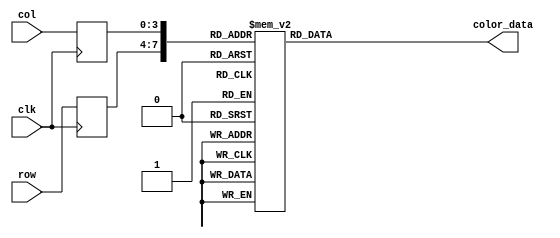
module heart_off_rom
	(
		input wire clk,
		input wire [3:0] row,
		input wire [3:0] col,
		output reg [29:0] color_data
	);

	(* romstyle = "M4K" *)

	//signal declaration
	reg [3:0] row_reg;
	reg [3:0] col_reg;

	always @(posedge clk)
		begin
		row_reg <= row;
		col_reg <= col;
		end

	always @*
	case ({row_reg, col_reg})
		8'b00000000: color_data = 30'b111111111111111111111111111111;
		8'b00000001: color_data = 30'b000000000000000000000000000000;
		8'b00000010: color_data = 30'b011111111101111111110111111111;
		8'b00000011: color_data = 30'b011111111101111111110111111111;
		8'b00000100: color_data = 30'b011111111101111111110111111111;
		8'b00000101: color_data = 30'b011111111101111111110111111111;
		8'b00000110: color_data = 30'b011111111101111111110111111111;
		8'b00000111: color_data = 30'b011111111101111111110111111111;
		8'b00001000: color_data = 30'b011111111101111111110111111111;
		8'b00001001: color_data = 30'b011111111101111111110111111111;
		8'b00001010: color_data = 30'b011111111101111111110111111111;
		8'b00001011: color_data = 30'b011111111101111111110111111111;
		8'b00001100: color_data = 30'b011111111101111111110111111111;
		8'b00001101: color_data = 30'b011111111101111111110111111111;
		8'b00001110: color_data = 30'b000000000000000000000000000000;
		8'b00001111: color_data = 30'b111111111111111111111111111111;

		8'b00010000: color_data = 30'b111111111111111111111111111111;
		8'b00010001: color_data = 30'b111111111111111111111111111111;
		8'b00010010: color_data = 30'b000000000000000000000000000000;
		8'b00010011: color_data = 30'b011111111101111111110111111111;
		8'b00010100: color_data = 30'b011111111101111111110111111111;
		8'b00010101: color_data = 30'b011111111101111111110111111111;
		8'b00010110: color_data = 30'b011111111101111111110111111111;
		8'b00010111: color_data = 30'b011111111101111111110111111111;
		8'b00011000: color_data = 30'b011111111101111111110111111111;
		8'b00011001: color_data = 30'b011111111101111111110111111111;
		8'b00011010: color_data = 30'b011111111101111111110111111111;
		8'b00011011: color_data = 30'b011111111101111111110111111111;
		8'b00011100: color_data = 30'b011111111101111111110111111111;
		8'b00011101: color_data = 30'b000000000000000000000000000000;
		8'b00011110: color_data = 30'b111111111111111111111111111111;
		8'b00011111: color_data = 30'b111111111111111111111111111111;

		8'b00100000: color_data = 30'b111111111111111111111111111111;
		8'b00100001: color_data = 30'b111111111111111111111111111111;
		8'b00100010: color_data = 30'b111111111111111111111111111111;
		8'b00100011: color_data = 30'b000000000000000000000000000000;
		8'b00100100: color_data = 30'b011111111101111111110111111111;
		8'b00100101: color_data = 30'b011111111101111111110111111111;
		8'b00100110: color_data = 30'b011111111101111111110111111111;
		8'b00100111: color_data = 30'b011111111101111111110111111111;
		8'b00101000: color_data = 30'b011111111101111111110111111111;
		8'b00101001: color_data = 30'b011111111101111111110111111111;
		8'b00101010: color_data = 30'b011111111101111111110111111111;
		8'b00101011: color_data = 30'b011111111101111111110111111111;
		8'b00101100: color_data = 30'b000000000000000000000000000000;
		8'b00101101: color_data = 30'b111111111111111111111111111111;
		8'b00101110: color_data = 30'b111111111111111111111111111111;
		8'b00101111: color_data = 30'b111111111111111111111111111111;

		8'b00110000: color_data = 30'b111111111111111111111111111111;
		8'b00110001: color_data = 30'b111111111111111111111111111111;
		8'b00110010: color_data = 30'b111111111111111111111111111111;
		8'b00110011: color_data = 30'b111111111111111111111111111111;
		8'b00110100: color_data = 30'b000000000000000000000000000000;
		8'b00110101: color_data = 30'b011111111101111111110111111111;
		8'b00110110: color_data = 30'b011111111101111111110111111111;
		8'b00110111: color_data = 30'b011111111101111111110111111111;
		8'b00111000: color_data = 30'b011111111101111111110111111111;
		8'b00111001: color_data = 30'b011111111101111111110111111111;
		8'b00111010: color_data = 30'b011111111101111111110111111111;
		8'b00111011: color_data = 30'b000000000000000000000000000000;
		8'b00111100: color_data = 30'b111111111111111111111111111111;
		8'b00111101: color_data = 30'b111111111111111111111111111111;
		8'b00111110: color_data = 30'b111111111111111111111111111111;
		8'b00111111: color_data = 30'b111111111111111111111111111111;

		8'b01000000: color_data = 30'b111111111111111111111111111111;
		8'b01000001: color_data = 30'b111111111111111111111111111111;
		8'b01000010: color_data = 30'b111111111111111111111111111111;
		8'b01000011: color_data = 30'b111111111111111111111111111111;
		8'b01000100: color_data = 30'b111111111111111111111111111111;
		8'b01000101: color_data = 30'b000000000000000000000000000000;
		8'b01000110: color_data = 30'b011111111101111111110111111111;
		8'b01000111: color_data = 30'b011111111101111111110111111111;
		8'b01001000: color_data = 30'b011111111101111111110111111111;
		8'b01001001: color_data = 30'b011111111101111111110111111111;
		8'b01001010: color_data = 30'b000000000000000000000000000000;
		8'b01001011: color_data = 30'b111111111111111111111111111111;
		8'b01001100: color_data = 30'b111111111111111111111111111111;
		8'b01001101: color_data = 30'b111111111111111111111111111111;
		8'b01001110: color_data = 30'b111111111111111111111111111111;
		8'b01001111: color_data = 30'b111111111111111111111111111111;

		8'b01010000: color_data = 30'b111111111111111111111111111111;
		8'b01010001: color_data = 30'b111111111111111111111111111111;
		8'b01010010: color_data = 30'b111111111111111111111111111111;
		8'b01010011: color_data = 30'b111111111111111111111111111111;
		8'b01010100: color_data = 30'b111111111111111111111111111111;
		8'b01010101: color_data = 30'b111111111111111111111111111111;
		8'b01010110: color_data = 30'b000000000000000000000000000000;
		8'b01010111: color_data = 30'b011111111101111111110111111111;
		8'b01011000: color_data = 30'b011111111101111111110111111111;
		8'b01011001: color_data = 30'b000000000000000000000000000000;
		8'b01011010: color_data = 30'b111111111111111111111111111111;
		8'b01011011: color_data = 30'b111111111111111111111111111111;
		8'b01011100: color_data = 30'b111111111111111111111111111111;
		8'b01011101: color_data = 30'b111111111111111111111111111111;
		8'b01011110: color_data = 30'b111111111111111111111111111111;
		8'b01011111: color_data = 30'b111111111111111111111111111111;

		8'b01100000: color_data = 30'b111111111111111111111111111111;
		8'b01100001: color_data = 30'b111111111111111111111111111111;
		8'b01100010: color_data = 30'b111111111111111111111111111111;
		8'b01100011: color_data = 30'b111111111111111111111111111111;
		8'b01100100: color_data = 30'b111111111111111111111111111111;
		8'b01100101: color_data = 30'b111111111111111111111111111111;
		8'b01100110: color_data = 30'b111111111111111111111111111111;
		8'b01100111: color_data = 30'b000000000000000000000000000000;
		8'b01101000: color_data = 30'b000000000000000000000000000000;
		8'b01101001: color_data = 30'b111111111111111111111111111111;
		8'b01101010: color_data = 30'b111111111111111111111111111111;
		8'b01101011: color_data = 30'b111111111111111111111111111111;
		8'b01101100: color_data = 30'b111111111111111111111111111111;
		8'b01101101: color_data = 30'b111111111111111111111111111111;
		8'b01101110: color_data = 30'b111111111111111111111111111111;
		8'b01101111: color_data = 30'b111111111111111111111111111111;

		8'b01110000: color_data = 30'b111111111111111111111111111111;
		8'b01110001: color_data = 30'b111111111111111111111111111111;
		8'b01110010: color_data = 30'b111111111111111111111111111111;
		8'b01110011: color_data = 30'b111111111111111111111111111111;
		8'b01110100: color_data = 30'b111111111111111111111111111111;
		8'b01110101: color_data = 30'b111111111111111111111111111111;
		8'b01110110: color_data = 30'b111111111111111111111111111111;
		8'b01110111: color_data = 30'b111111111111111111111111111111;
		8'b01111000: color_data = 30'b111111111111111111111111111111;
		8'b01111001: color_data = 30'b111111111111111111111111111111;
		8'b01111010: color_data = 30'b111111111111111111111111111111;
		8'b01111011: color_data = 30'b111111111111111111111111111111;
		8'b01111100: color_data = 30'b111111111111111111111111111111;
		8'b01111101: color_data = 30'b111111111111111111111111111111;
		8'b01111110: color_data = 30'b111111111111111111111111111111;
		8'b01111111: color_data = 30'b111111111111111111111111111111;

		8'b10000000: color_data = 30'b111111111111111111111111111111;
		8'b10000001: color_data = 30'b111111111111111111111111111111;
		8'b10000010: color_data = 30'b111111111111111111111111111111;
		8'b10000011: color_data = 30'b111111111111111111111111111111;
		8'b10000100: color_data = 30'b111111111111111111111111111111;
		8'b10000101: color_data = 30'b111111111111111111111111111111;
		8'b10000110: color_data = 30'b111111111111111111111111111111;
		8'b10000111: color_data = 30'b111111111111111111111111111111;
		8'b10001000: color_data = 30'b111111111111111111111111111111;
		8'b10001001: color_data = 30'b111111111111111111111111111111;
		8'b10001010: color_data = 30'b111111111111111111111111111111;
		8'b10001011: color_data = 30'b111111111111111111111111111111;
		8'b10001100: color_data = 30'b111111111111111111111111111111;
		8'b10001101: color_data = 30'b111111111111111111111111111111;
		8'b10001110: color_data = 30'b111111111111111111111111111111;
		8'b10001111: color_data = 30'b111111111111111111111111111111;

		8'b10010000: color_data = 30'b111111111111111111111111111111;
		8'b10010001: color_data = 30'b111111111111111111111111111111;
		8'b10010010: color_data = 30'b000000000000000000000000000000;
		8'b10010011: color_data = 30'b000000000000000000000000000000;
		8'b10010100: color_data = 30'b000000000000000000000000000000;
		8'b10010101: color_data = 30'b000000000000000000000000000000;
		8'b10010110: color_data = 30'b111111111111111111111111111111;
		8'b10010111: color_data = 30'b111111111111111111111111111111;
		8'b10011000: color_data = 30'b111111111111111111111111111111;
		8'b10011001: color_data = 30'b111111111111111111111111111111;
		8'b10011010: color_data = 30'b000000000000000000000000000000;
		8'b10011011: color_data = 30'b000000000000000000000000000000;
		8'b10011100: color_data = 30'b000000000000000000000000000000;
		8'b10011101: color_data = 30'b000000000000000000000000000000;
		8'b10011110: color_data = 30'b111111111111111111111111111111;
		8'b10011111: color_data = 30'b111111111111111111111111111111;

		8'b10100000: color_data = 30'b111111111111111111111111111111;
		8'b10100001: color_data = 30'b000000000000000000000000000000;
		8'b10100010: color_data = 30'b011111111101111111110111111111;
		8'b10100011: color_data = 30'b011111111101111111110111111111;
		8'b10100100: color_data = 30'b011111111101111111110111111111;
		8'b10100101: color_data = 30'b011111111101111111110111111111;
		8'b10100110: color_data = 30'b000000000000000000000000000000;
		8'b10100111: color_data = 30'b111111111111111111111111111111;
		8'b10101000: color_data = 30'b111111111111111111111111111111;
		8'b10101001: color_data = 30'b000000000000000000000000000000;
		8'b10101010: color_data = 30'b011111111101111111110111111111;
		8'b10101011: color_data = 30'b011111111101111111110111111111;
		8'b10101100: color_data = 30'b011111111101111111110111111111;
		8'b10101101: color_data = 30'b011111111101111111110111111111;
		8'b10101110: color_data = 30'b000000000000000000000000000000;
		8'b10101111: color_data = 30'b111111111111111111111111111111;

		8'b10110000: color_data = 30'b000000000000000000000000000000;
		8'b10110001: color_data = 30'b011111111101111111110111111111;
		8'b10110010: color_data = 30'b011111111101111111110111111111;
		8'b10110011: color_data = 30'b011111111101111111110111111111;
		8'b10110100: color_data = 30'b011111111101111111110111111111;
		8'b10110101: color_data = 30'b011111111101111111110111111111;
		8'b10110110: color_data = 30'b011111111101111111110111111111;
		8'b10110111: color_data = 30'b000000000000000000000000000000;
		8'b10111000: color_data = 30'b000000000000000000000000000000;
		8'b10111001: color_data = 30'b011111111101111111110111111111;
		8'b10111010: color_data = 30'b011111111101111111110111111111;
		8'b10111011: color_data = 30'b011111111101111111110111111111;
		8'b10111100: color_data = 30'b011111111101111111110111111111;
		8'b10111101: color_data = 30'b011111111101111111110111111111;
		8'b10111110: color_data = 30'b011111111101111111110111111111;
		8'b10111111: color_data = 30'b000000000000000000000000000000;

		8'b11000000: color_data = 30'b000000000000000000000000000000;
		8'b11000001: color_data = 30'b011111111101111111110111111111;
		8'b11000010: color_data = 30'b011111111101111111110111111111;
		8'b11000011: color_data = 30'b011111111101111111110111111111;
		8'b11000100: color_data = 30'b011111111101111111110111111111;
		8'b11000101: color_data = 30'b011111111101111111110111111111;
		8'b11000110: color_data = 30'b011111111101111111110111111111;
		8'b11000111: color_data = 30'b011111111101111111110111111111;
		8'b11001000: color_data = 30'b011111111101111111110111111111;
		8'b11001001: color_data = 30'b011111111101111111110111111111;
		8'b11001010: color_data = 30'b011111111101111111110111111111;
		8'b11001011: color_data = 30'b011111111101111111110111111111;
		8'b11001100: color_data = 30'b011111111101111111110111111111;
		8'b11001101: color_data = 30'b011111111101111111110111111111;
		8'b11001110: color_data = 30'b011111111101111111110111111111;
		8'b11001111: color_data = 30'b000000000000000000000000000000;

		8'b11010000: color_data = 30'b000000000000000000000000000000;
		8'b11010001: color_data = 30'b011111111101111111110111111111;
		8'b11010010: color_data = 30'b011111111101111111110111111111;
		8'b11010011: color_data = 30'b011111111101111111110111111111;
		8'b11010100: color_data = 30'b011111111101111111110111111111;
		8'b11010101: color_data = 30'b011111111101111111110111111111;
		8'b11010110: color_data = 30'b011111111101111111110111111111;
		8'b11010111: color_data = 30'b011111111101111111110111111111;
		8'b11011000: color_data = 30'b011111111101111111110111111111;
		8'b11011001: color_data = 30'b011111111101111111110111111111;
		8'b11011010: color_data = 30'b011111111101111111110111111111;
		8'b11011011: color_data = 30'b011111111101111111110111111111;
		8'b11011100: color_data = 30'b011111111101111111110111111111;
		8'b11011101: color_data = 30'b011111111101111111110111111111;
		8'b11011110: color_data = 30'b011111111101111111110111111111;
		8'b11011111: color_data = 30'b000000000000000000000000000000;

		8'b11100000: color_data = 30'b000000000000000000000000000000;
		8'b11100001: color_data = 30'b011111111101111111110111111111;
		8'b11100010: color_data = 30'b011111111101111111110111111111;
		8'b11100011: color_data = 30'b011111111101111111110111111111;
		8'b11100100: color_data = 30'b011111111101111111110111111111;
		8'b11100101: color_data = 30'b011111111101111111110111111111;
		8'b11100110: color_data = 30'b011111111101111111110111111111;
		8'b11100111: color_data = 30'b011111111101111111110111111111;
		8'b11101000: color_data = 30'b011111111101111111110111111111;
		8'b11101001: color_data = 30'b011111111101111111110111111111;
		8'b11101010: color_data = 30'b011111111101111111110111111111;
		8'b11101011: color_data = 30'b011111111101111111110111111111;
		8'b11101100: color_data = 30'b011111111101111111110111111111;
		8'b11101101: color_data = 30'b011111111101111111110111111111;
		8'b11101110: color_data = 30'b011111111101111111110111111111;
		8'b11101111: color_data = 30'b000000000000000000000000000000;

		8'b11110000: color_data = 30'b000000000000000000000000000000;
		8'b11110001: color_data = 30'b011111111101111111110111111111;
		8'b11110010: color_data = 30'b011111111101111111110111111111;
		8'b11110011: color_data = 30'b011111111101111111110111111111;
		8'b11110100: color_data = 30'b011111111101111111110111111111;
		8'b11110101: color_data = 30'b011111111101111111110111111111;
		8'b11110110: color_data = 30'b011111111101111111110111111111;
		8'b11110111: color_data = 30'b011111111101111111110111111111;
		8'b11111000: color_data = 30'b011111111101111111110111111111;
		8'b11111001: color_data = 30'b011111111101111111110111111111;
		8'b11111010: color_data = 30'b011111111101111111110111111111;
		8'b11111011: color_data = 30'b011111111101111111110111111111;
		8'b11111100: color_data = 30'b011111111101111111110111111111;
		8'b11111101: color_data = 30'b011111111101111111110111111111;
		8'b11111110: color_data = 30'b011111111101111111110111111111;
		8'b11111111: color_data = 30'b000000000000000000000000000000;

		default: color_data = 30'b000000000000000000000000000000;
	endcase
endmodule